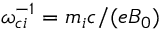
\omega _ { c i } ^ { - 1 } = m _ { i } c / ( e B _ { 0 } )